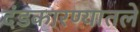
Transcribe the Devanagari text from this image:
दंडकारण्यातले